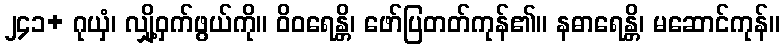
၂၄၁+ ဂုယှံ၊ လျှို့ဝှက်ဖွယ်ကို။ ဝိဝရေန္တိ၊ ဖော်ပြတတ်ကုန်၏။ နဓာရေန္တိ၊ မဆောင်ကုန်။